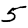
Digit: 5